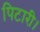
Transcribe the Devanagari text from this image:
पिटारी।